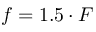
f = 1 . 5 \cdot F